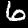
Digit: 6